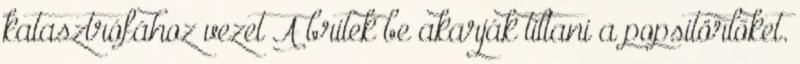
katasztrófához vezet A britek be akarják tiltani a popsitörlőket.